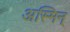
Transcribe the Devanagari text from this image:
अस्मिन्